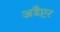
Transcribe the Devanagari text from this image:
अडैप्टर